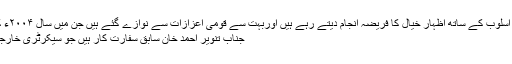
وہ قومی میڈیا میں باقاعدگی سے ایک مخصوص اسلوب کے ساتھ اظہارِ خیال کا فریضہ انجام دیتے رہے ہیں اوربہت سے قومی اعزازات سے نوازے گئے ہیں جن میں سال ۲۰۰۴ء کے لیے بہترین کالم نگار کااعزاز بھی شامل ہے
جناب تنویر احمد خان سابق سفارت کار ہیں جو سیکرٹری خارجہ حکومت پاکستان کے اعلیٰ منصب تک پہنچے۔